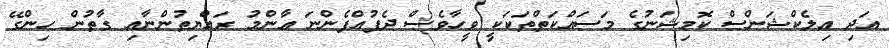
އަދި އިލެކްޝަންސް ކޮމިޝަނުގެ މަސައްކަތްތަކަކީ ވީހާވެސް ދެފުއްފެންނަ ޢާންމު ރައްޔިތުންނާއި ގާތުން ހިންގޭ